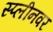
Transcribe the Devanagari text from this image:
स्प्लीनवर